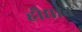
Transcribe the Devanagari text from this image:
हौद्यात